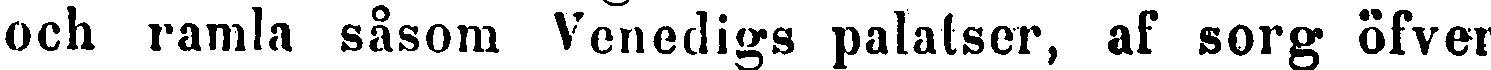
och ramla såsom Venedigs palatser, af sorg öfver